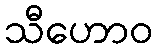
သီဟောဝ